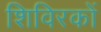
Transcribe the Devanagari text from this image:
शिविरकों